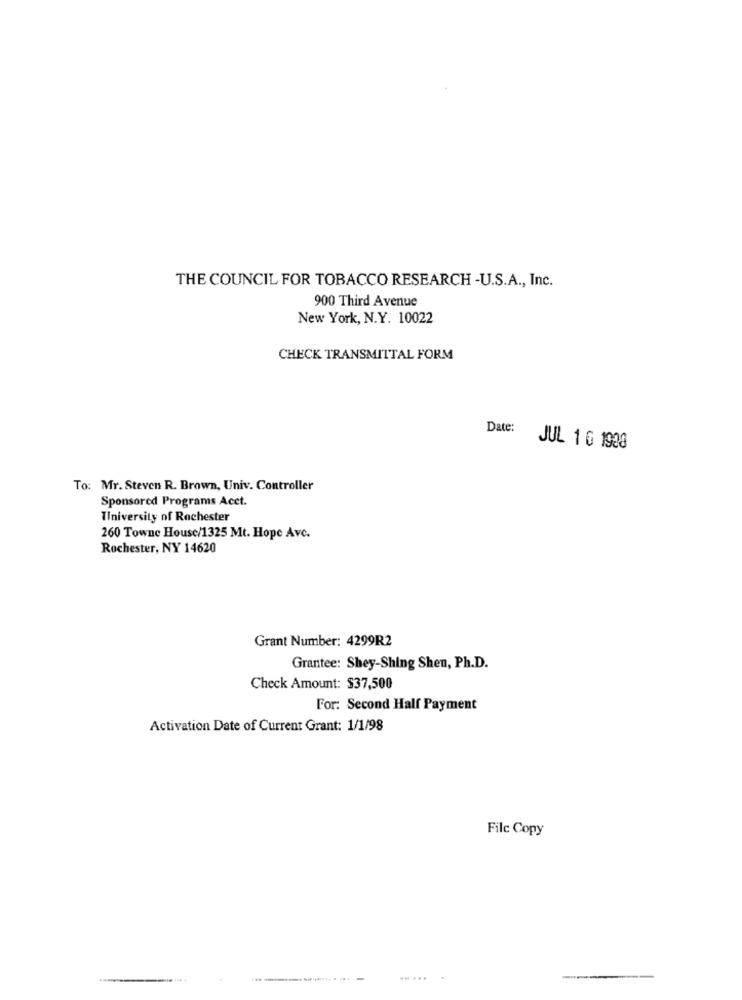
THE COUNCIL FOR TOBACCO RESEARCH -U.S.A ., Inc.
900 Third Avenue
New York, N.Y. 10022
CHECK TRANSMITTAL FORM
Date:
JUL 1 0 1908
To: Mr. Steven R. Brown, Univ. Controller
Sponsored Programs Acct.
Tiniversity of Rochester
260 Towne House/1325 Mt. Hope Avc.
Rochester, NY 14620
Grant Number: 4299R2
Grantee: Shey-Shing Shen, Ph.D.
Check Amount: $37,500
For: Second Half Payment
Activation Date of Current Grant: 1/1/98
Filc Copy
......
---